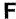
F